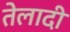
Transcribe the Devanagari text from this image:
तेलादी